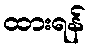
ထားရန်